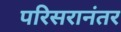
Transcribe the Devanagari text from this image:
परिसरानंतर